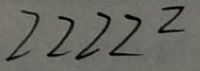
2 2 2 2 2